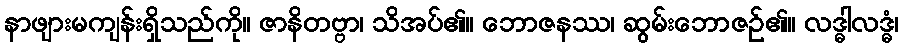
နာဖျားမကျန်းရှိသည်ကို။ ဇာနိတဗ္ဗာ၊ သိအပ်၏။ ဘောဇနဿ၊ ဆွမ်းဘောဇဉ်၏။ လဒ္ဓါလဒ္ဓံ၊